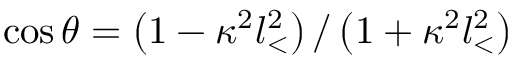
\cos \theta = \left( 1 - \kappa ^ { 2 } l _ { < } ^ { 2 } \right) / \left( 1 + \kappa ^ { 2 } l _ { < } ^ { 2 } \right)